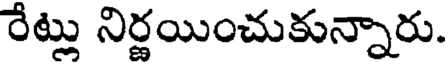
రేట్లు నిర్ణయించుకున్నారు.